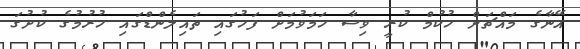
އޭނާގެ މައްޗަށް ހުކުމް ކުރީ ވިސާ ހަމަވުމަށް ފަހުގައި ތައިލެންޑްގައި ހުރުމުގެ ކުށުގަ